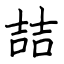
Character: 喆